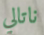
ناتالي